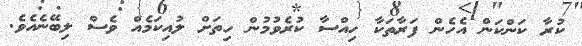
ކުރާ ކަންކަން އެހެން ފަރާތަކާ ހިއްސާ ކުރެވުމުން ހިތަށް ލުއިކަމެއް ވެސް ލިބޭނެއެވެ.